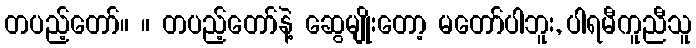
တပည့်တော်။ ။ တပည့်တော်နဲ့ ဆွေမျိုးတော့ မတော်ပါဘူး, ပါရမီကူညီသူ